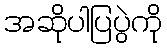
အဆိုပါပြပွဲကို